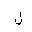
Letter: _lam